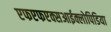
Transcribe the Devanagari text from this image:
एफएफएक्सआईक्लोपिडिया